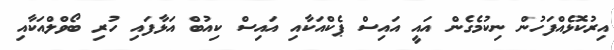
އިރުކޮޅެއްފަހުން ނިކުމެގެން އައީ އައިސް ޕެކްއަކާއި އައިސް ކިއުބް އަޅާފައި ހުރި ބޯވްލްއަކާއި